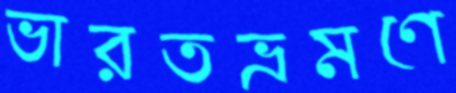
ভারতভ্রমণে